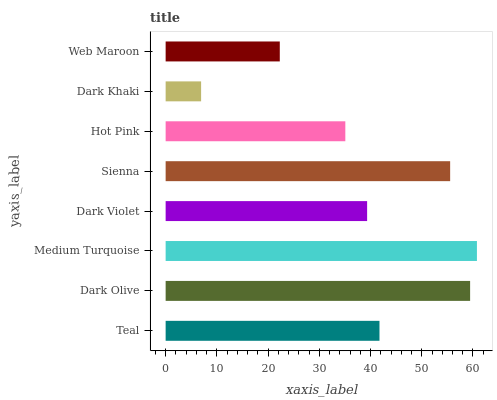
| yaxis_label | bars |
 | --- | --- |
 | Teal | 41.7 |
 | Dark Olive | 59.4 |
 | Medium Turquoise | 60.8 |
 | Dark Violet | 39.3 |
 | Sienna | 55.5 |
 | Hot Pink | 35.1 |
 | Dark Khaki | 6.92 |
 | Web Maroon | 22.3 |